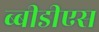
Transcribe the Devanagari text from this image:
ब्बीडीएस